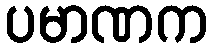
ပမာဏက